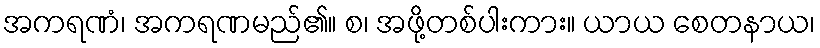
အကရဏံ၊ အကရဏမည်၏။ စ၊ အဖို့တစ်ပါးကား။ ယာယ စေတနာယ၊